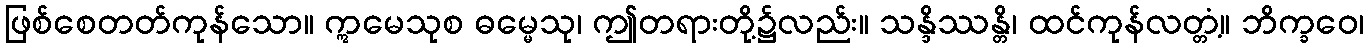
ဖြစ်စေတတ်ကုန်သော။ ဣမေသုစ ဓမ္မေသု၊ ဤတရားတို့၌လည်း။ သန္ဒိဿန္တိ၊ ထင်ကုန်လတ္တံ့။ ဘိက္ခဝေ၊